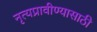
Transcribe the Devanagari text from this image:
नृत्यप्रावीण्यासाठी